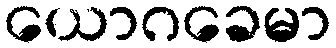
ယောဂခေမာ